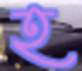
হ